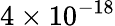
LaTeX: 4\times 10^{-18}